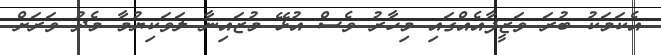
އެކަމަކު ބުުރަ ވަޒީފާއެއްގައި މިހާރު ވެސް އުޅޭ މުޒައިނާ ލަވަކިޔުމާ މެދު ވަރަށް